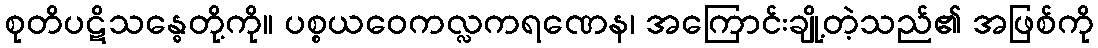
စုတိပဋိသန္ဓေတို့ကို။ ပစ္စယဝေကလ္လကရဏေန၊ အကြောင်းချို့တဲ့သည်၏ အဖြစ်ကို